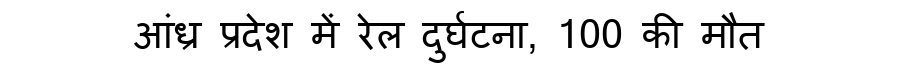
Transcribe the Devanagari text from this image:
आंध्र प्रदेश में रेल दुर्घटना, 100 की मौत